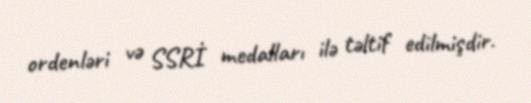
ordenləri və SSRİ medalları ilə təltif edilmişdir.